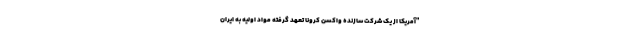
"آمریکا از یک شرکت سازنده واکسن کرونا تعهد گرفته مواد اولیه به ایران